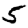
Digit: 5